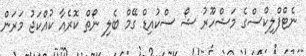
ނެޓްފްލިކްސްގެ މަޝްހޫރު ޝޯ ސްކުއިޑް ގޭމް ބެލި ނޯތް ކޮރެއާ ކުއްކަޖު މަރަން